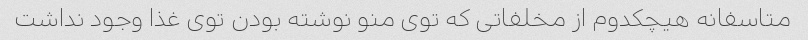
متاسفانه هیچکدوم از مخلفاتی که توی منو نوشته بودن توی غذا وجود نداشت